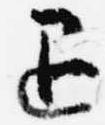
退